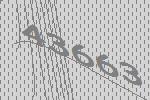
43663